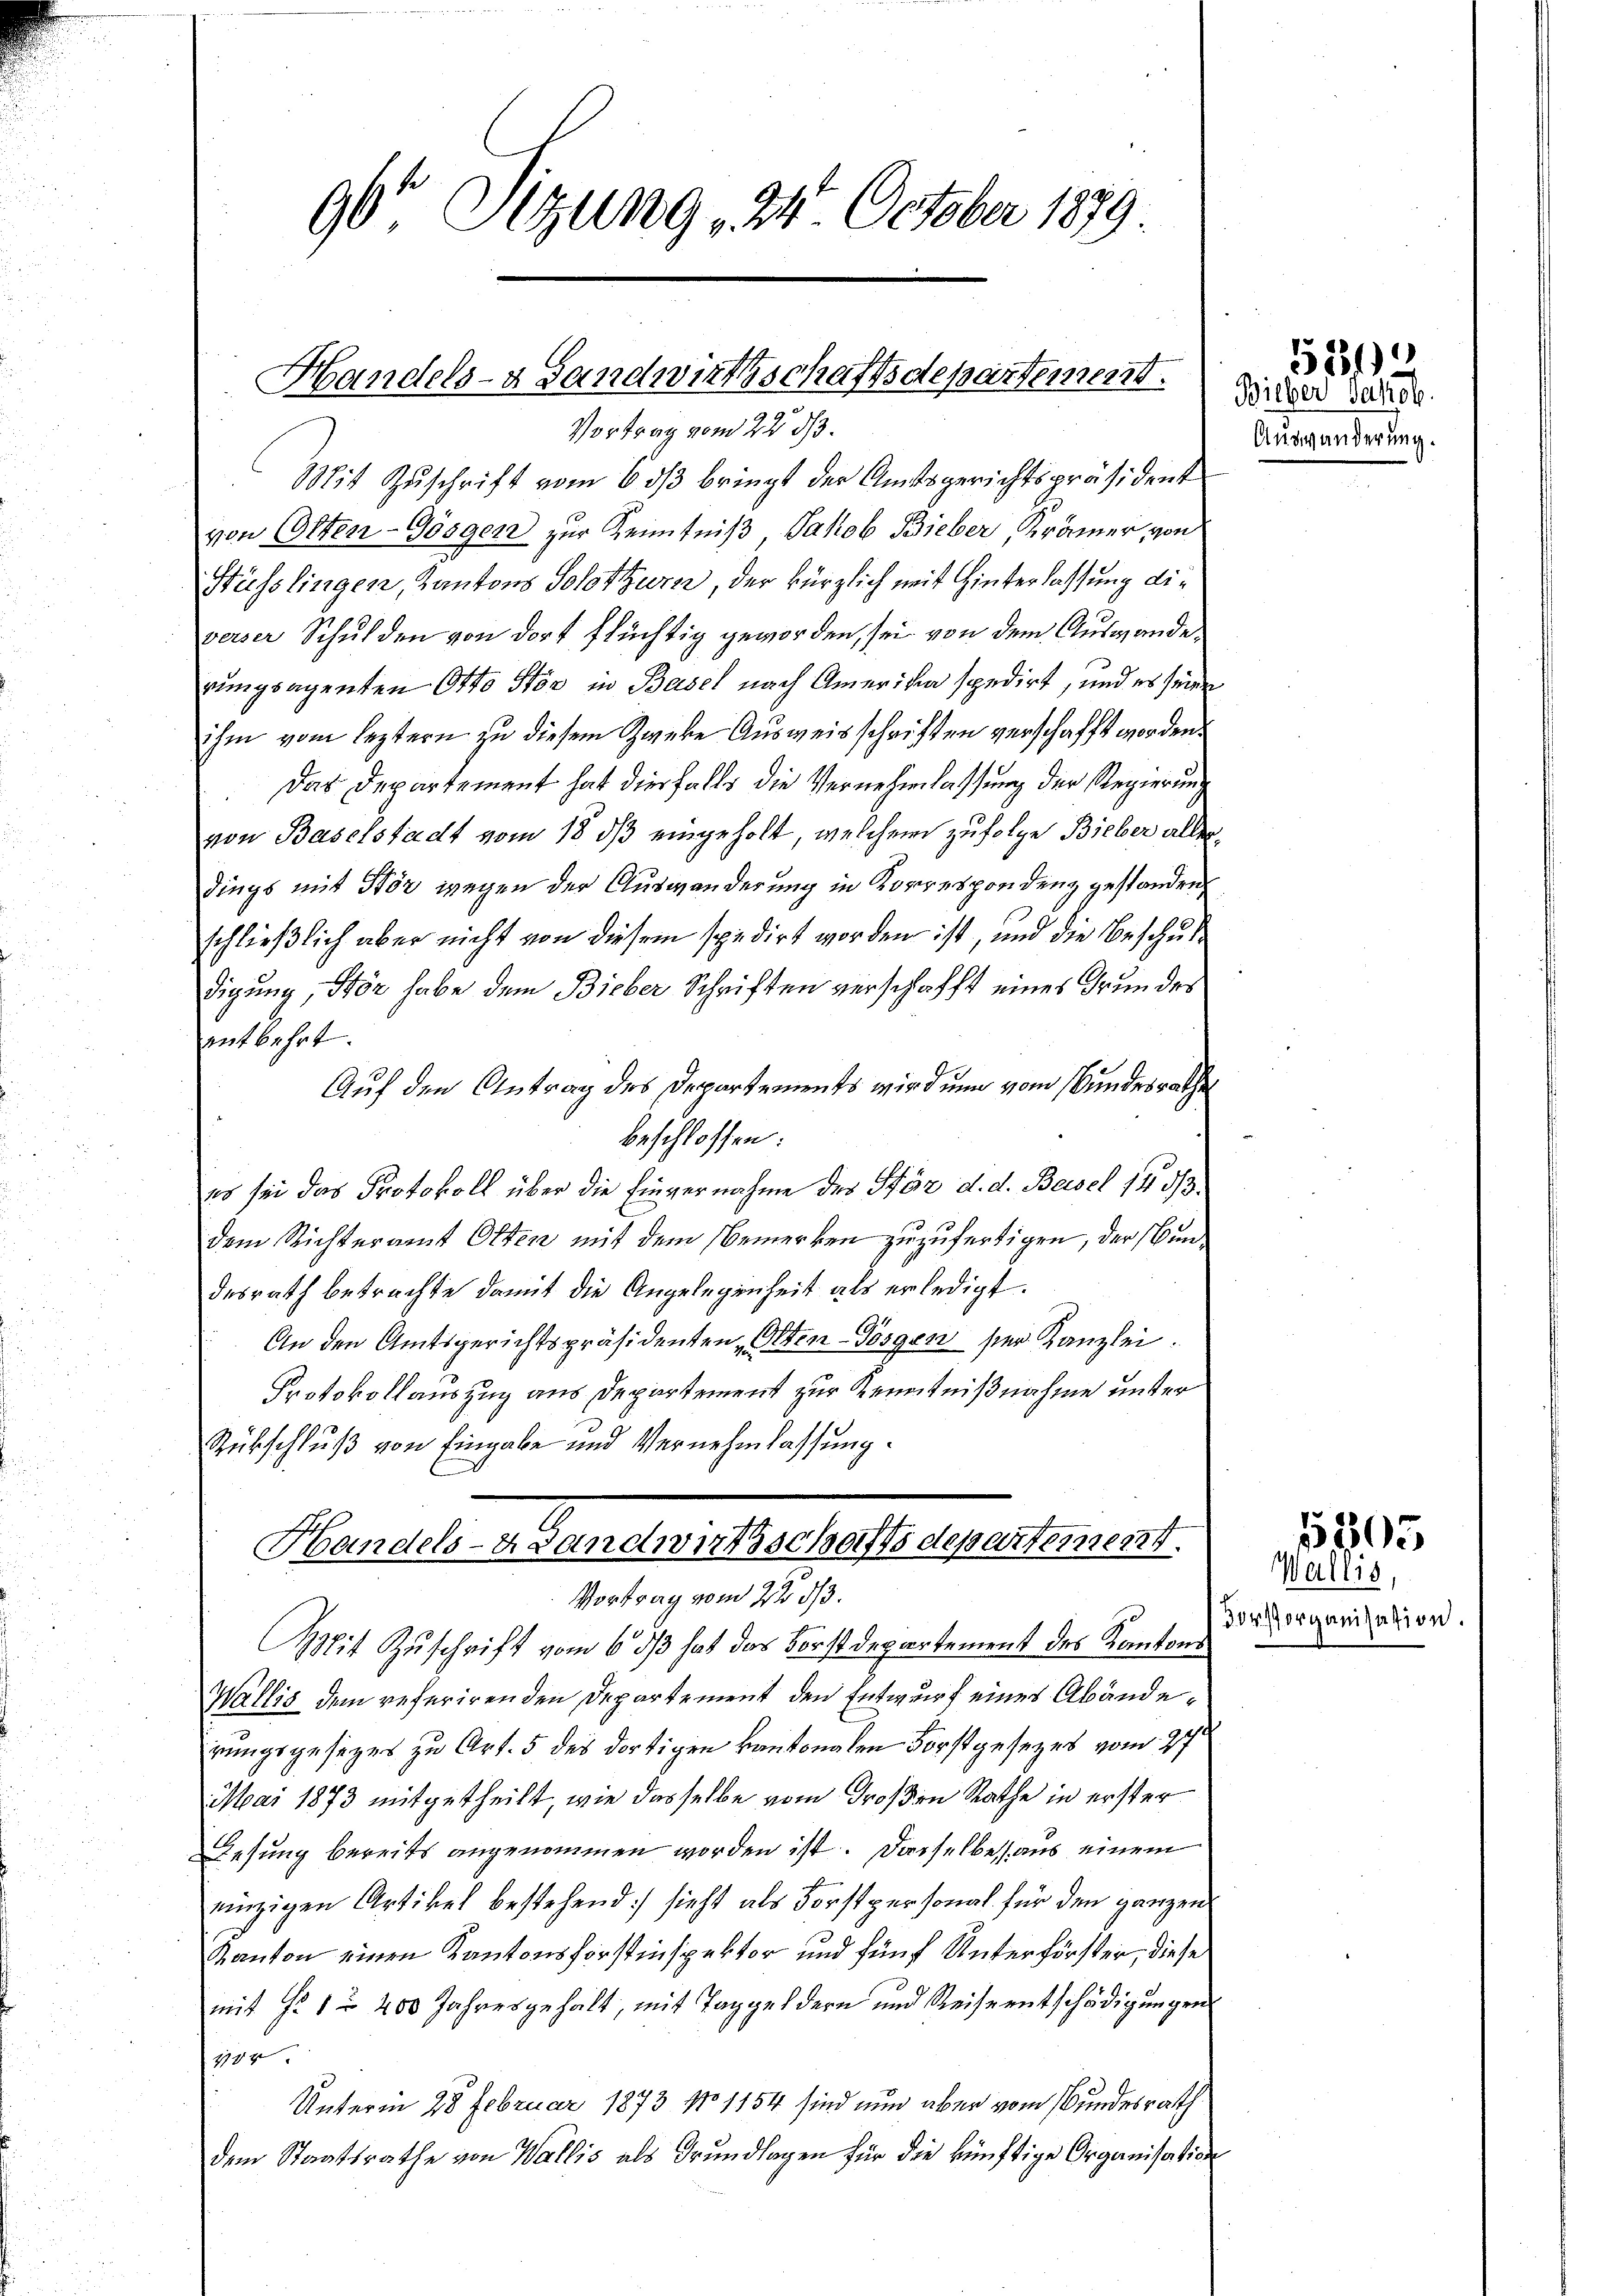
90 Sizung 24. October 1879

Handels- & Landwirtschaftsdepartement.

Vortrag vom 22. ds.
Mit Zuschrift vom 6 dß bringt der Amtsgerichtspräsident
von Otten-Gösgenz zur Kenntniß, Jakob Bieber, Krämer von
Hüsslingen, Kantons Solothurn, der kürzlich mit Hinterlassung die
verser Schulden von dort flüchtig geworden, sei von dem Auswande
rungsagenten Otto Stör in Basel nach Amerika spedirt, und es seinen
ihm vom leztern zu diesem Zweke Ausweisschriften verschafft worden.
Das Departement hat diesfalls die Vernehmlassung der Regierung
von Baselstadt vom 18. ds eingeholt, welchem zufolge Bieber aller
dings mit För wegen der Auswanderung in Korrespondenz gestanden
schließlich aber nicht von diesem spedirt worden ist, und die Beschuldigung, Stör habe dem Bieber Schriften verschafft eines Grundes
entbehrt.
Auf den Antrag des Departements wird nun vom Bundesrathes
beschlossen:
es sei das Protokoll über die Einvernahme des Pför d. d. Beisel 14 3/3.
dem Richteramt Otten mit dem Bemerken zuzufertigen, der Bundesrath betrachte damit die Angelegenheit als erledigt.
An den Amtsgerichtspräsidenten Olten-Torgen per Kanzlei.
Protokollauszug aus Departement zur Kenntnißnahme unter
Rükschluß von Eingabe und Vernehmlassung.
Handels- Landwußschaftsdepartement.
Vortrag vom 2te dh.
Mit Zuschrift vom 6. ds hat das Forstdepartement des Kantons
Wallis dem referirenden Departement den Entwurf eines Abänderungsgesetzes zu Art. 5 des dortigen kantonalen Forstgesezes vom 27.
Mai 1873 mitgetheilt, wie dasselbe vom Großen Rathe in erster
Lesung bereits angenommen worden ist. Dasselbe aus einem
einzigen Artikel bestehend sieht als Forstpersonal für den ganzen
Kanton einen Kantonsforstinspektor und fünf Unterförster, diese
mit § 1 200 Jahresgehalt, mit Taggeldern und Reise entschädigungen
10x
Unterm 28 Februar 1873 No 1154 sind nun aber vom Bundesrath
dem Staatsrathe von Wallis als Grundlagen für die künftige Organisation

Bilber Jakob.
Ausganderung.

521

5505

Wallis,
dor Vorganisation.